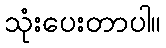
သုံးပေးတာပါ။